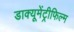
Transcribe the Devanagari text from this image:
डाक्यूमेंट्रीफिल्म